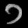
Digit: ၁